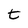
Character: t